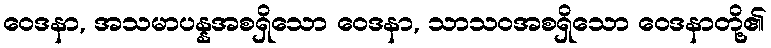
ဝေဒနာ, အသမာပန္နအစရှိသော ဝေဒနာ, သာသဝအစရှိသော ဝေဒနာတို့၏